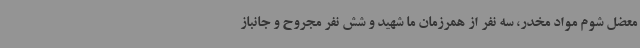
معضل شوم مواد مخدر، سه نفر از همرزمان ما شهید و شش نفر مجروح و جانباز